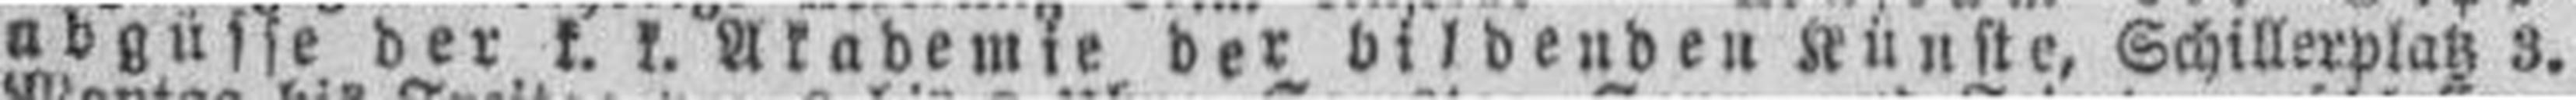
abgüsse der k. k. Akademie der bildenden Künste, Schillerplatz 3.